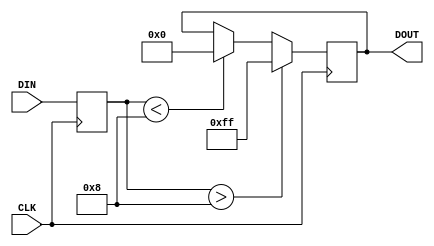
module io_block (
  input wire CLK,
  input wire [7:0] DIN,
  output wire [7:0] DOUT
);

reg [7:0] reg_data;
reg [7:0] dff_data;
reg [7:0] dff_data_prev;

always @(posedge CLK) begin
  reg_data <= DIN;
end

always @(posedge CLK) begin
  dff_data_prev <= dff_data;
  if (reg_data > 4'h8)
    dff_data <= 8'hFF;
  else if (reg_data < 4'h8)
    dff_data <= 8'h00;
end

assign DOUT = dff_data;

endmodule